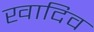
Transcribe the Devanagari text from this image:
खादिव